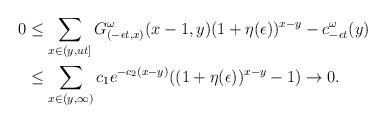
LaTeX: \begin{align*}0 & \le \sum_{x \in (y,ut]}G^\omega_{(-\epsilon t,x)}(x-1,y)(1+\eta(\epsilon))^{x-y}-c^\omega_{-\epsilon t} (y)\\& \le \sum_{x \in (y,\infty)}c_1e^{-c_2(x-y)}((1+\eta(\epsilon))^{x-y}-1)\to 0.\end{align*}